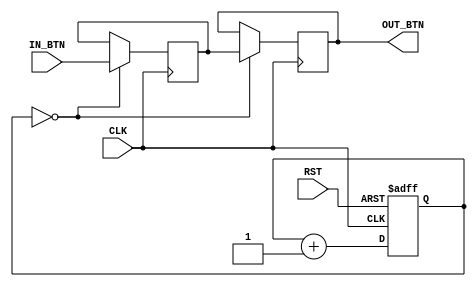
module Chattering(CLK,RST,IN_BTN,OUT_BTN);

input CLK,RST;
input IN_BTN;
output OUT_BTN;
reg OUT_BTN,buffer;
reg [15:0] count;

always @(posedge CLK or negedge RST)
	if(!RST) count <= 16'b0;
	else count <= count + 16'b1;

always @(posedge CLK)
	if(count==16'b0)
	begin
		buffer <= IN_BTN;
		OUT_BTN <= buffer;
	end

endmodule